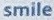
smile